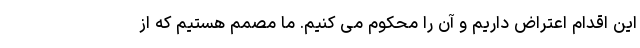
این اقدام اعتراض داریم و آن را محکوم می کنیم. ما مصمم هستیم که از